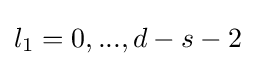
l_{1}=0,...,d-s-2